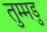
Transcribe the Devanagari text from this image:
तुम्मडु